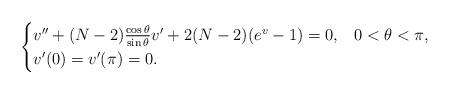
LaTeX: \begin{align*}\begin{cases}v''+(N-2)\frac{\cos\theta}{\sin\theta}v'+2(N-2)(e^v-1)=0, & 0<\theta<\pi,\\v'(0)=v'(\pi)=0.\end{cases}\end{align*}